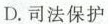
D.司法保护